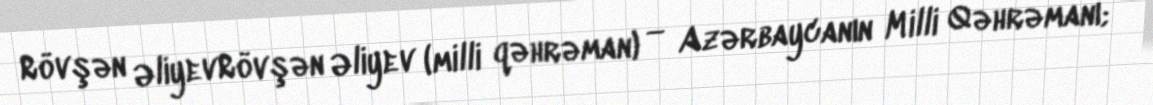
Rövşən ƏliyevRövşən Əliyev (milli qəhrəman) — Azərbaycanın Milli Qəhrəmanı;